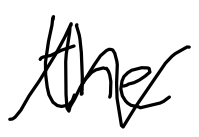
Text: the
Cross-out: zig-zag
Writing tool: digital_black